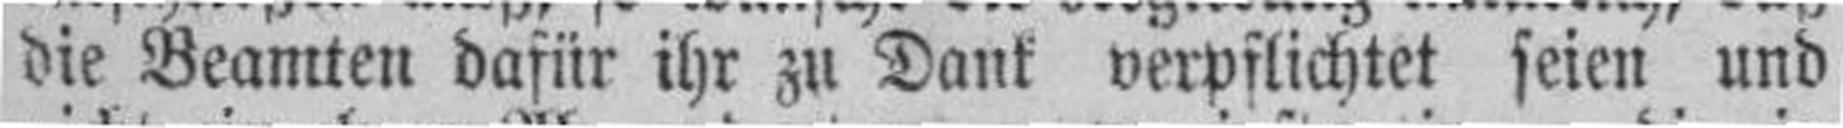
die Beamten dafür ihr zu Dank verpflichtet seien und